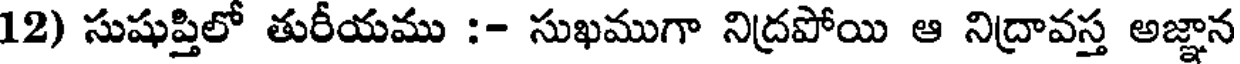
12) సుషుప్తిలో తురీయము :- సుఖముగా నిద్రపోయి ఆ నిద్రావస్త అజ్ఞాన